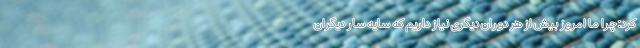
کرد: چرا ما امروز بیش از هر دوران دیگری نیاز داریم که سایه سار دیگران